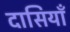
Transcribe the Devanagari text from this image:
दासियाँ